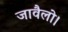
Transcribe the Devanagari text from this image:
जावैलो।